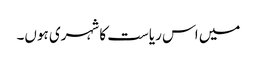
میں اس ریاست کا شہری ہوں۔